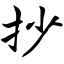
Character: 抄